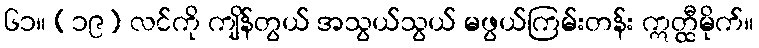
၆၁။ (၁၉) လင်ကို ကျိန်တွယ် အသွယ်သွယ် မဖွယ်ကြမ်းတန်း ဣတ္ထီမိုက်။